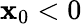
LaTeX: \mathbf{x}_{0}<0